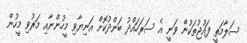
ސަލާމަތީ ފައުޖުތަކުން ވަނީ އެ ސަރަހައްދު ބަންދުކޮށް އަނިޔާވި މީހުންނާއި މަރުވި މީހުން